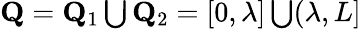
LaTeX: \begin{array}{r}{\mathbf{Q}=\mathbf{Q}_{1}\bigcup\mathbf{Q}_{2}=[0,\lambda]\bigcup(\lambda,L]}\end{array}